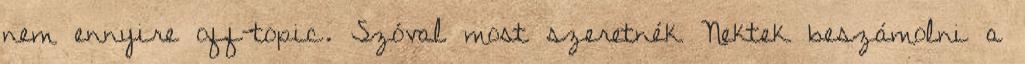
nem ennyire off-topic. Szóval most szeretnék Nektek beszámolni a